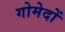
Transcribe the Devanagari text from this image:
गोमेदों